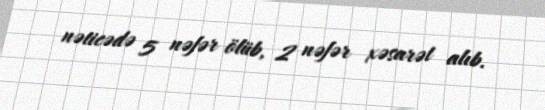
nəticədə 5 nəfər ölüb, 2 nəfər xəsarət alıb.